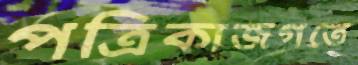
পত্রিকাজগতে